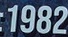
1982